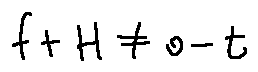
f + H \neq o - t